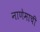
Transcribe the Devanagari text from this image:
नाणेमाची